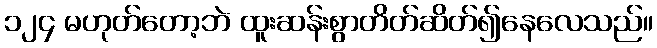
၁၂၄ မဟုတ်တော့ဘဲ ထူးဆန်းစွာတိတ်ဆိတ်၍နေလေသည်။